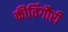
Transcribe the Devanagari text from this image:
कीर्तिगौरी